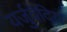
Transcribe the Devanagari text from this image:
यर्जुवेदिय